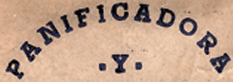
PANIFICADORA